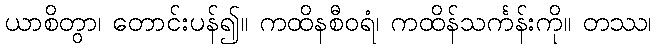
ယာစိတွာ၊ တောင်းပန်၍။ ကထိနစီဝရံ၊ ကထိန်သင်္ကန်းကို။ တဿ၊